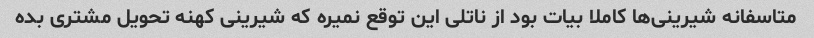
متاسفانه شیرینی‌ها کاملا بیات بود از ناتلی این توقع نمیره که شیرینی کهنه تحویل مشتری بده